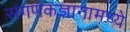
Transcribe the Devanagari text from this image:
संगणकज्ञानामध्ये